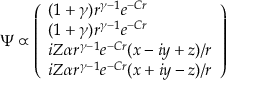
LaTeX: \Psi \propto { \left( \begin{array} { l } { ( 1 + \gamma ) r ^ { \gamma - 1 } e ^ { - C r } } \\ { ( 1 + \gamma ) r ^ { \gamma - 1 } e ^ { - C r } } \\ { i Z \alpha r ^ { \gamma - 1 } e ^ { - C r } ( x - i y + z ) / r } \\ { i Z \alpha r ^ { \gamma - 1 } e ^ { - C r } ( x + i y - z ) / r } \end{array} \right) }